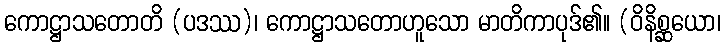
ကောဋ္ဌာသတောတိ (ပဒဿ)၊ ကောဋ္ဌာသတောဟူသော မာတိကာပုဒ်၏။ (ဝိနိစ္ဆယော၊